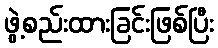
ဖွဲ့စည်းထားခြင်းဖြစ်ပြီး